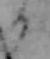
る